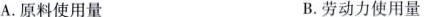
A. 原料使用量 B. 劳动力使用量